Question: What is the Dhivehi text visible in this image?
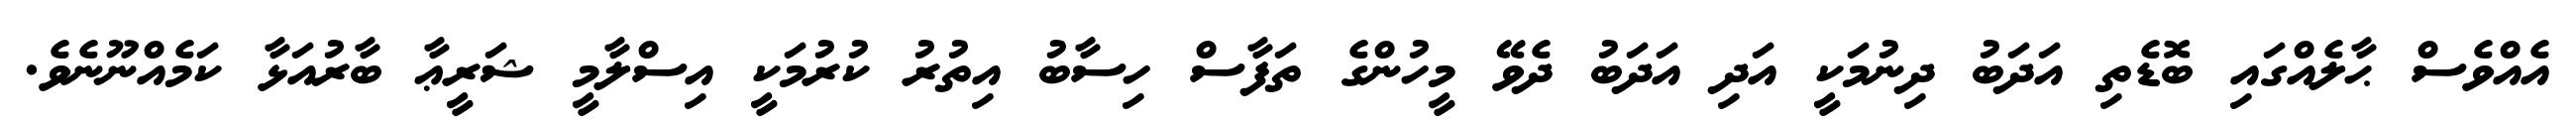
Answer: އެއްވެސް ޙާލެއްގައި ބޮޑެތި އަދަބު ދިނުމަކީ އަދި އަދަބު ދެވޭ މީހުންގެ ތަފާސް ހިސާބު އިތުރު ކުރުމަކީ އިސްލާމީ ޝަރީޢާ ބާރުއަޅާ ކަމެއްނޫނެވެ.